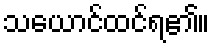
သယောင်ထင်ရ၏။